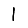
Digit: 1